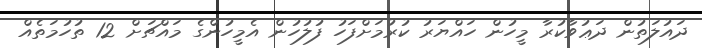
ދައުލަތުން ދަޢުވާކުރާ މީހުން ހައްޔަރު ކުރުމަށްފަހު ފުލުހުން އެމީހުންގެ މައްޗަށް 12 ތުހުމަތެއް